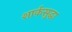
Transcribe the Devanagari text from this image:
शार्कसुद्धा